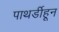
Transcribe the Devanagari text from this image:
पाथर्डीहून